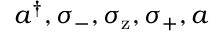
a ^ { \dagger } , \sigma _ { \mathrm { - } } , \sigma _ { \mathrm { z } } , \sigma _ { \mathrm { + } } , a